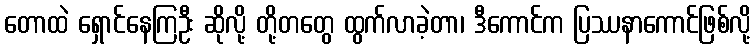
တောထဲ ရှောင်နေကြဦး ဆိုလို့ တို့တတွေ ထွက်လာခဲ့တာ၊ ဒီကောင်က ပြဿနာကောင်ဖြစ်လို့